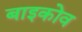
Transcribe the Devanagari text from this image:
बाइकोव